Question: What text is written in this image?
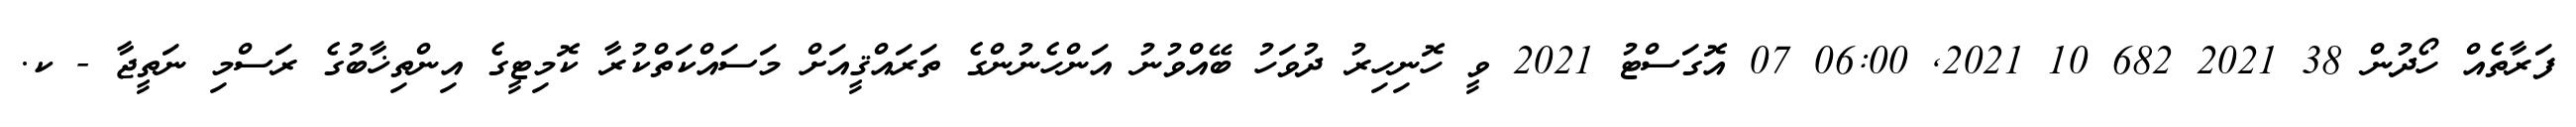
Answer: ފަރާތެއް ހޯދުން 38 2021 682 10 2021, 06:00 07 އޮގަސްޓު 2021 ވީ ހޮނިހިރު ދުވަހު ބޭއްވުނު އަންހެނުންގެ ތަރައްޤީއަށް މަސައްކަތްކުރާ ކޮމިޓީގެ އިންތިޚާބުގެ ރަސްމި ނަތީޖާ - ކ.